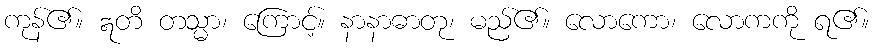
ကုန်၏။ ဣတိ တသ္မာ၊ ကြောင့်။ နာနာဓာတု၊ မည်၏။ လောကော၊ လောကကို ရ၏။